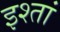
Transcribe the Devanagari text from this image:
इश्तां